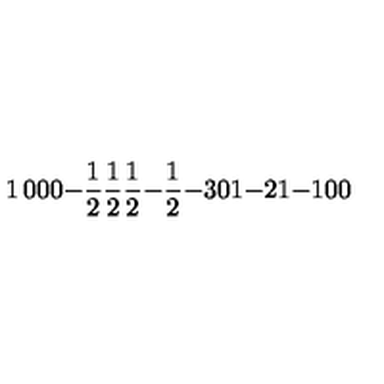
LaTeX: \begin{matrix} { 1 } & { 0 } & { 0 } & { 0 } \\ { - { \frac { 1 } { 2 } } } & { { \frac { 1 } { 2 } } } & { { \frac { 1 } { 2 } } } & { - { \frac { 1 } { 2 } } } \\ { - 3 } & { 0 } & { 1 } & { - 2 } \\ { 1 } & { - 1 } & { 0 } & { 0 } \\ \end{matrix}